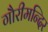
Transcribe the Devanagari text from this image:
गौरीमन्दिर